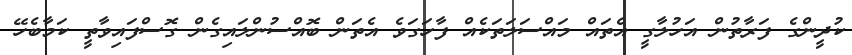
ކުދީންގެ ފަރާތުން އަހުލާގީ އެތައް މައްސަލަތަކެއް ފާހަގަވެ އެތަން ބޮއްސުންލައިގެން ގޮސްފައިވާތީ ކަމާބެހޭ